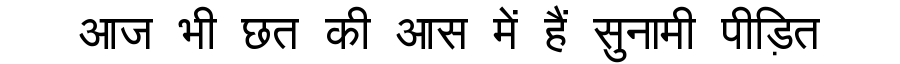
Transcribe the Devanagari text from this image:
आज भी छत की आस में हैं सुनामी पीड़ित